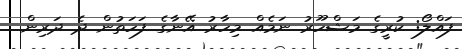
ފައްލޯ: ކުރީގެ މަޝްހޫރު ނަމެއް މިހާރު އޭނާގެ ފަހަތުން ދެ ދަރިން